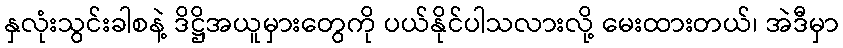
နှလုံးသွင်းခါစနဲ့ ဒိဋ္ဌိအယူမှားတွေကို ပယ်နိုင်ပါသလားလို့ မေးထားတယ်၊ အဲဒီမှာ